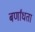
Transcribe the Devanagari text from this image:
बर्णांधता